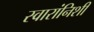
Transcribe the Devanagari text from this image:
स्वारांनिशी